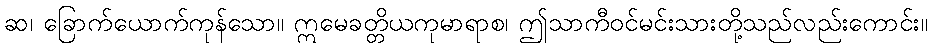
ဆ၊ ခြောက်ယောက်ကုန်သော။ ဣမေခတ္တိယကုမာရာစ၊ ဤသာကီဝင်မင်းသားတို့သည်လည်းကောင်း။